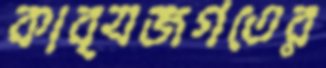
কাব্যজগতের